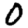
Digit: 0